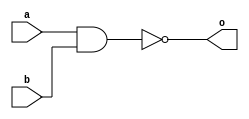
module mynand2(input a, b,
		output o);
	assign o = ~(a & b);
endmodule 
module mynand4(input a, b, c, d,
		output o);
	assign o = ~(a & b & c & d);
endmodule 

module mynand5(input a, b, c, d, e,
		output o);
	assign o = ~(a & b & c & d & e);
endmodule